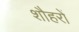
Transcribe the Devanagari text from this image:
शौहरों